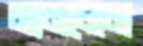
মানলেম